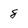
Character: 8